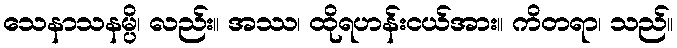
သေနာသနမ္ပိ၊ လည်း။ အဿ၊ ထိုရဟန်းငယ်အား။ ကိတရာ၊ သည်။